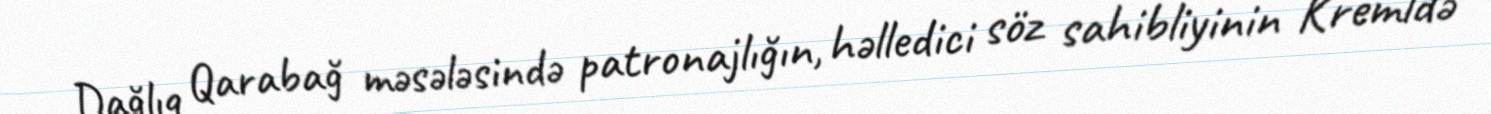
Dağlıq Qarabağ məsələsində patronajlığın, həlledici söz sahibliyinin Kremldə